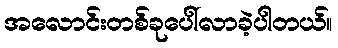
အလောင်းတစ်ခုပေါ်လာခဲ့ပါတယ်။